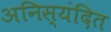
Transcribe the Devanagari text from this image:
अनिस्यंदित